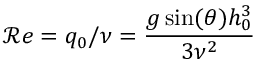
{ \mathcal R e } = q _ { 0 } / \nu = \frac { g \sin ( \theta ) h _ { 0 } ^ { 3 } } { 3 \nu ^ { 2 } }